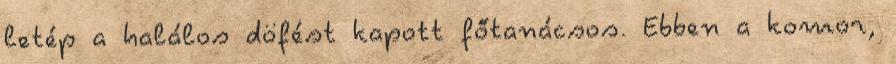
letép a halálos döfést kapott főtanácsos. Ebben a komor,